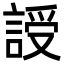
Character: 䛵